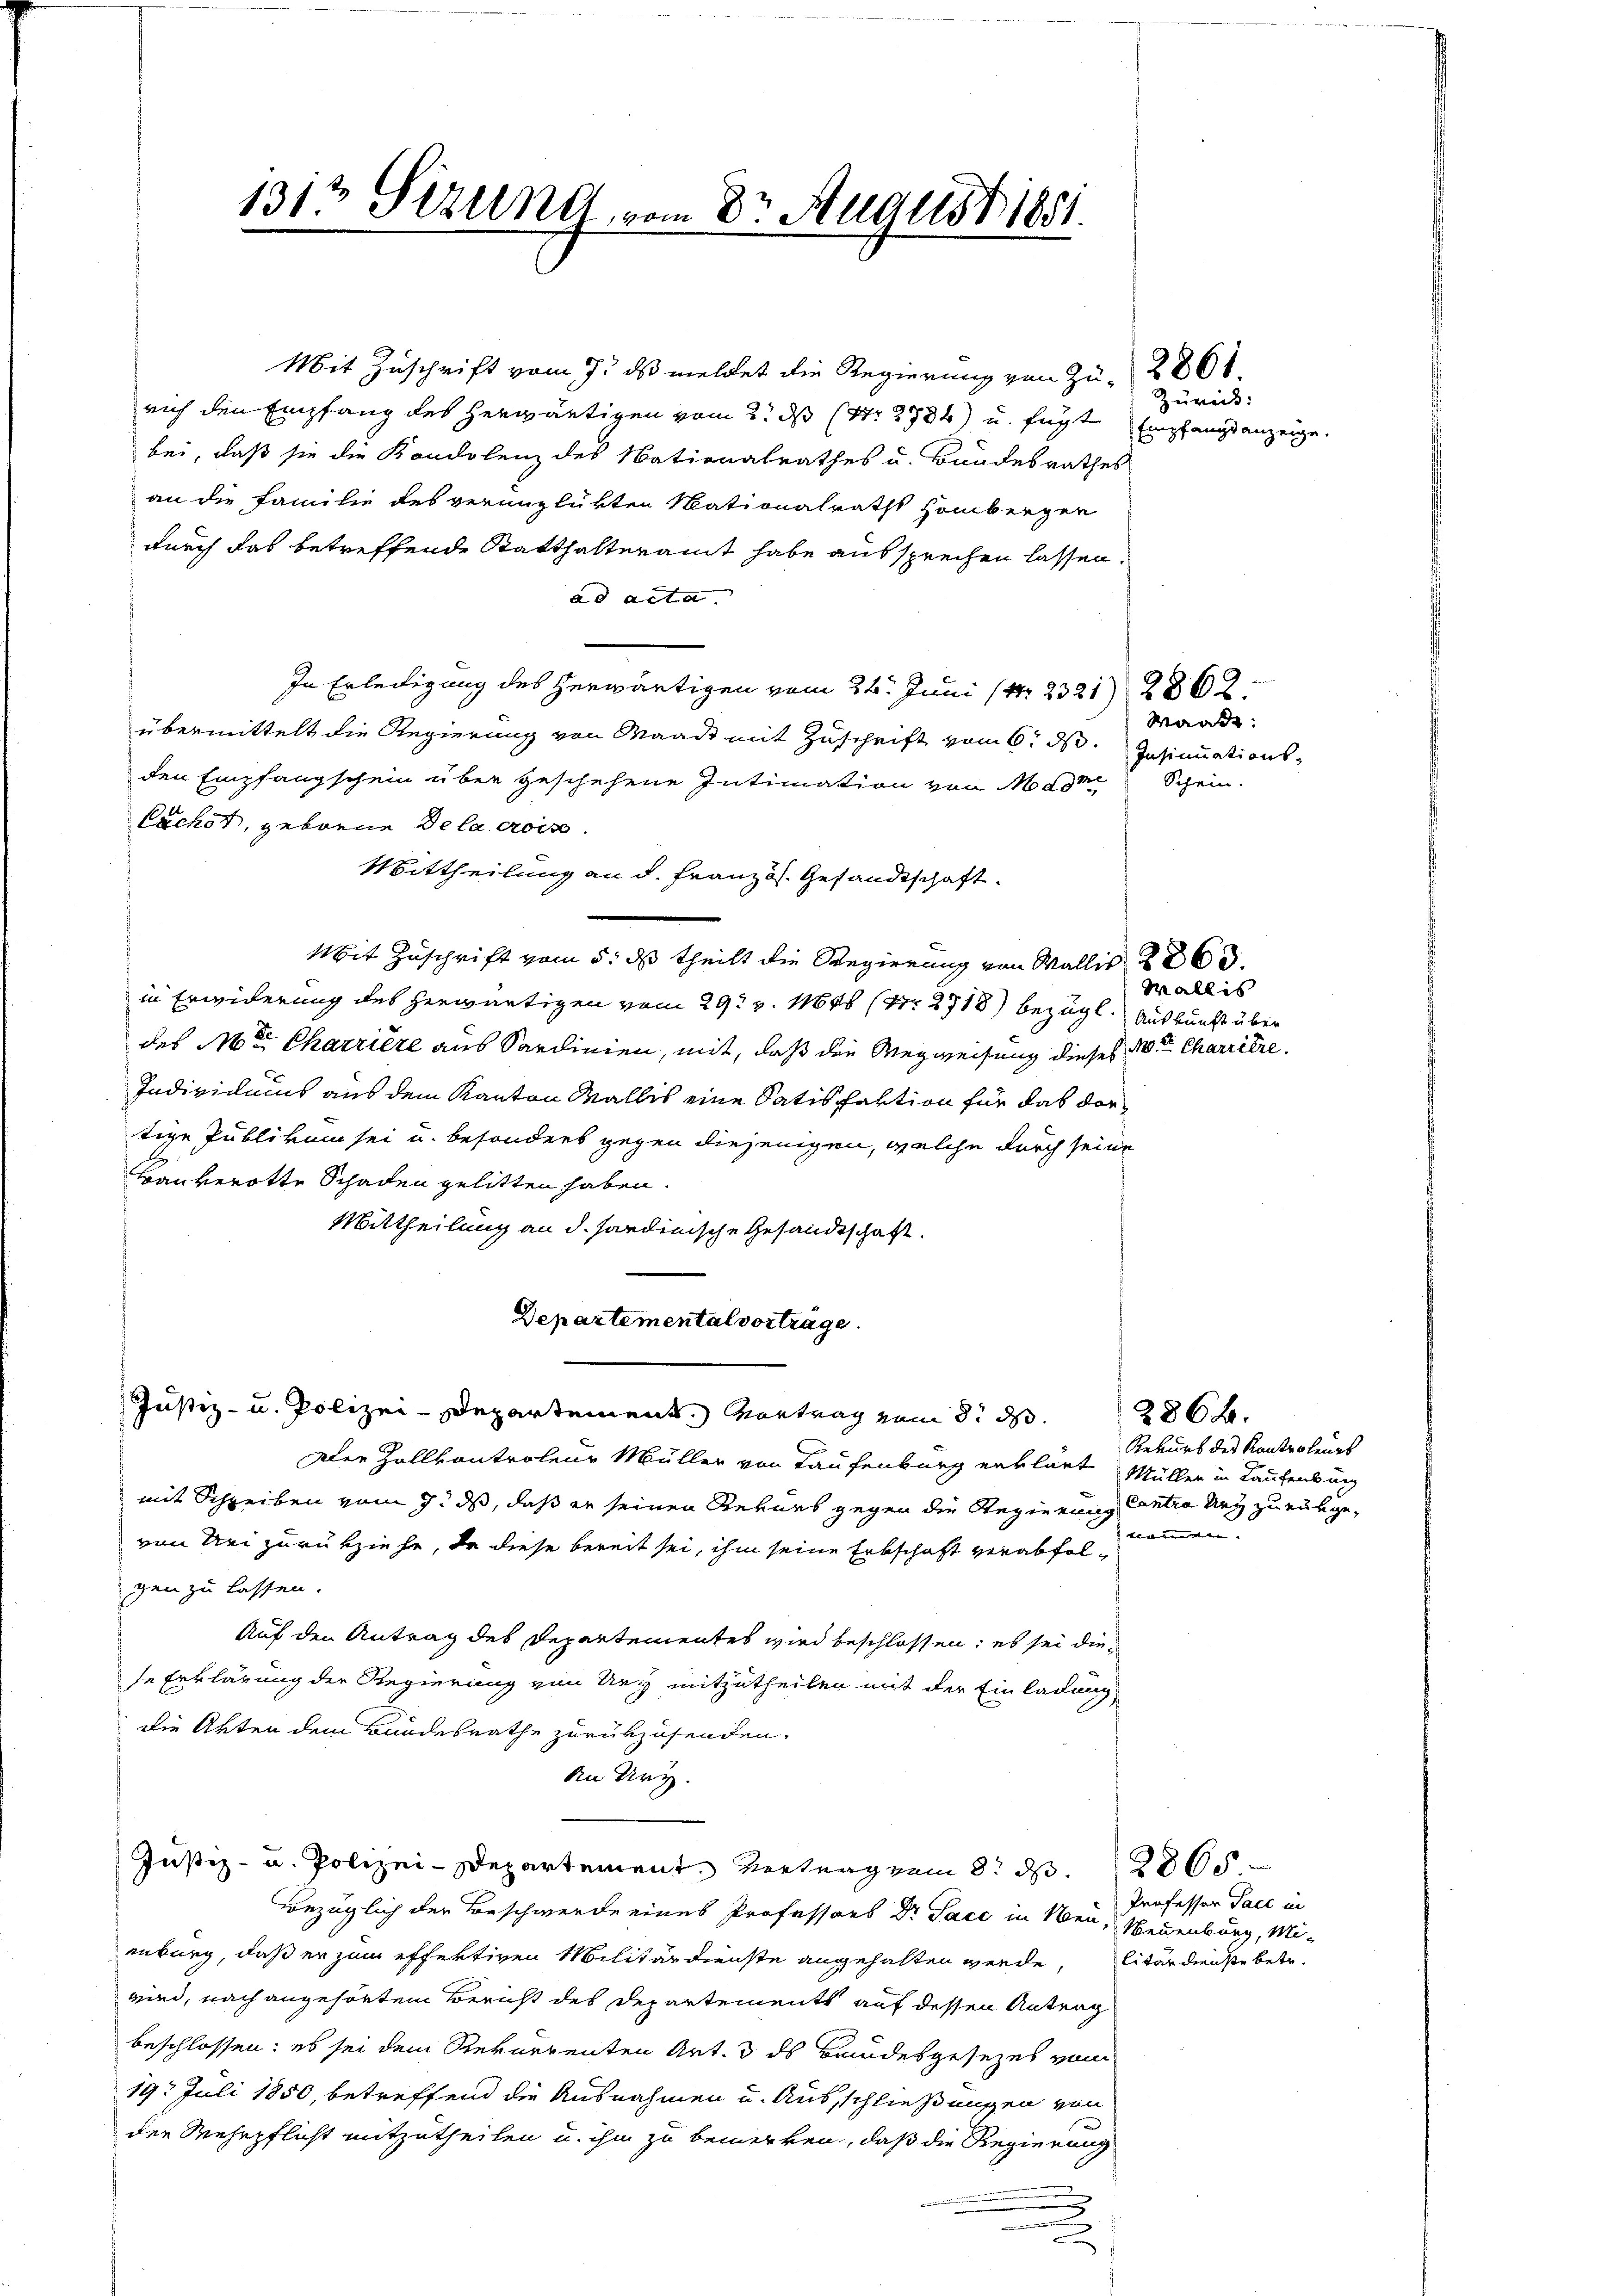
Mit Zuschrift vom 7. ds meldet die Regierung von Zu- 2861
rich den Empfang des herwärtigen vom 2. ds (Nr. 2784) u. fügt Empfangsanzeige.
bei, daß sie die Kondolenz des Nationalrathes u. Bundesrathes
an die Familie des verunglükten Mationalraths Hombergen
durch das betreffende Statthalteramt habe aussprechen lassen.
ad acta |
In Erledigung des herwärtigen vom 24. Juni (Nr. 2321) 2862.
übermittelt die Regierung von Waadt mit Zuschrift vom 6. ds. Insinuationsden Empfangschein über geschehene Intimation von Modom
Cachet, geborne de la crois
Mittheilung an d. Franz. Gesandtschaft.
Mit Zuschrift vom 5. ds theilt die Regierung von Wallis 286.
in Erwiderung des herwärtigen vom 29t v. 1846 (27. 2718) bezügl. Auskunft über
des Motter Charrière aus Sardinien, mit, daß die Wegweisung dieses W. Charriere
Individums aus dem Kanton Wallis eine Satisfaktion für das dortige Publikum sei u. besonders gegen diejenigen, welche durch seine
Bauverotte Schaden gelitten haben.
Mittheilung an d. hardinische Gesandtschaft.
Departemental vorträge.
Justiz- u. Polizei-Departement. Vortrag vom 8. ds.
Alee Zollvontroleur Müller von Laufenburg erklärt Müller in Laufenburg
mit Schreiben vom 7. ds, daß er seinen Revues gegen die Regierung Centra neÿ zurükgevon Sei zurückziehe, da diese bereit sei, ihm seine Erbschaft verabfolgen zu lassen.
Auf den Antrag des Departementes wird beschlossen; es sei diese Erklärung der Regierung von Uri mitzutheilen mit der Einladung,
die Akten dem Bundesrathe zurükzusenden.
An Ury.
Justiz- u. Polizei-Departement, Vertrag vom 8. d. 2800
Bezüglich der Beschwerde eines Professors Dr. Pace in Neu, Neuenburg, Mi-
enburg, daß er zum effertigen Militärdienste angehalten werde, litärdienste betr.
wird, nach angehörten Bericht des Departements auf dessen Antrag
beschlossen: es sei dem Rekurrenten Art. 3 ds Bundesgesezes vom
19. Juli 1850, betreffend die Ausnahmen u. Ausschließungen von
der Mehrpflicht mitzutheilen u. ihm zu bemerken, daß die Regierung
n
2
.

1313 Sizund, vom 8t August 1881.

Zurück:

Waadt:
Schein.

Wallis

286.

Rekurs des Kontroleurs
 kennen

Professor Pace in